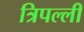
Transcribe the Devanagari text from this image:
त्रिपल्ली